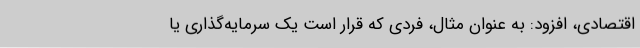
اقتصادی، افزود: به عنوان مثال، فردی که قرار است یک سرمایه‌گذاری یا